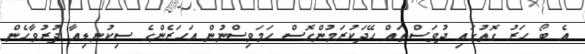
އެ ބޯ ހަރު ގޮތުގައި ދުވަސްތައް ހޭދަކުރަމުންގޮސް ހަމަވިސްނުން އަހަރެންގެ ސިކުނޑިއާ ދުރުވާހެން